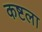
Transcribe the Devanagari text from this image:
कष्टला